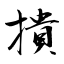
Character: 撌